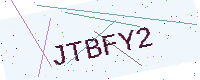
Text: JTBFY2